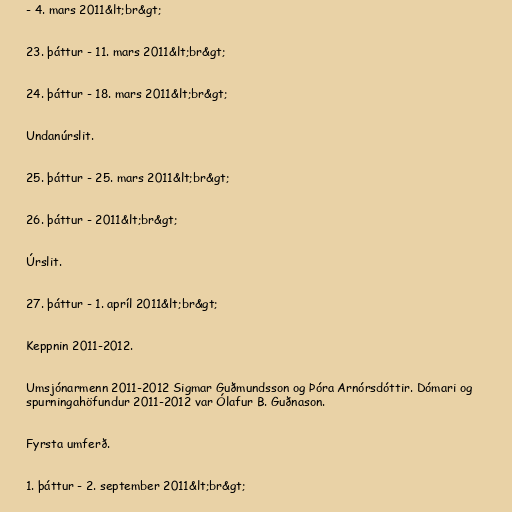
- 4. mars 2011&lt;br&gt;

23. þáttur - 11. mars 2011&lt;br&gt;

24. þáttur - 18. mars 2011&lt;br&gt;

Undanúrslit.

25. þáttur - 25. mars 2011&lt;br&gt;

26. þáttur - 2011&lt;br&gt;

Úrslit.

27. þáttur - 1. apríl 2011&lt;br&gt;

Keppnin 2011-2012.

Umsjónarmenn 2011-2012 Sigmar Guðmundsson og Þóra Arnórsdóttir. Dómari og
spurningahöfundur 2011-2012 var Ólafur B. Guðnason.

Fyrsta umferð.

1. þáttur - 2. september 2011&lt;br&gt;